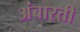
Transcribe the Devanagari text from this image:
अंबारती